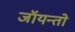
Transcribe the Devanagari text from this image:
जॉयन्तो